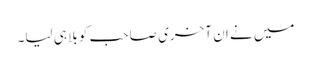
میں نے ان آخری صاحب کو بلا ہی لیا۔